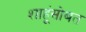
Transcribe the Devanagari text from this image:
शाहूंसोबत